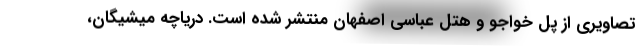
تصاویری از پل خواجو و هتل عباسی اصفهان منتشر شده است. دریاچه میشیگان،